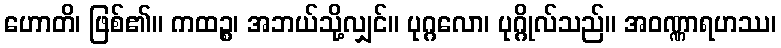
ဟောတိ၊ ဖြစ်၏။ ကထဉ္စ၊ အဘယ်သို့လျှင်။ ပုဂ္ဂလော၊ ပုဂ္ဂိုလ်သည်။ အဝဏ္ဏာရဟဿ၊